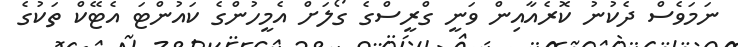
ނަމަވެސް ދެކުނު ކޮރެއާއިން ވަނީ ގްރީސްގެ ގޯލަށް އެމީހުންގެ ކައުންޓަ އެޓޭކް ތަކުގެ